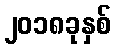
၂၀၁၈ခုနှစ်